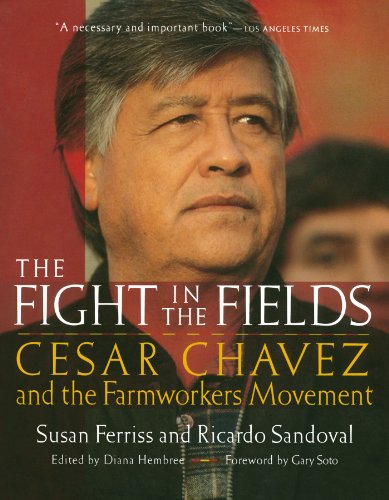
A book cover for The Fight in the Fields: Cesar Chavez and the Farmworkers Movement; Susan Ferriss; Biographies & Memoirs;